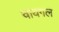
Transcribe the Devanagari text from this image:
वायगल